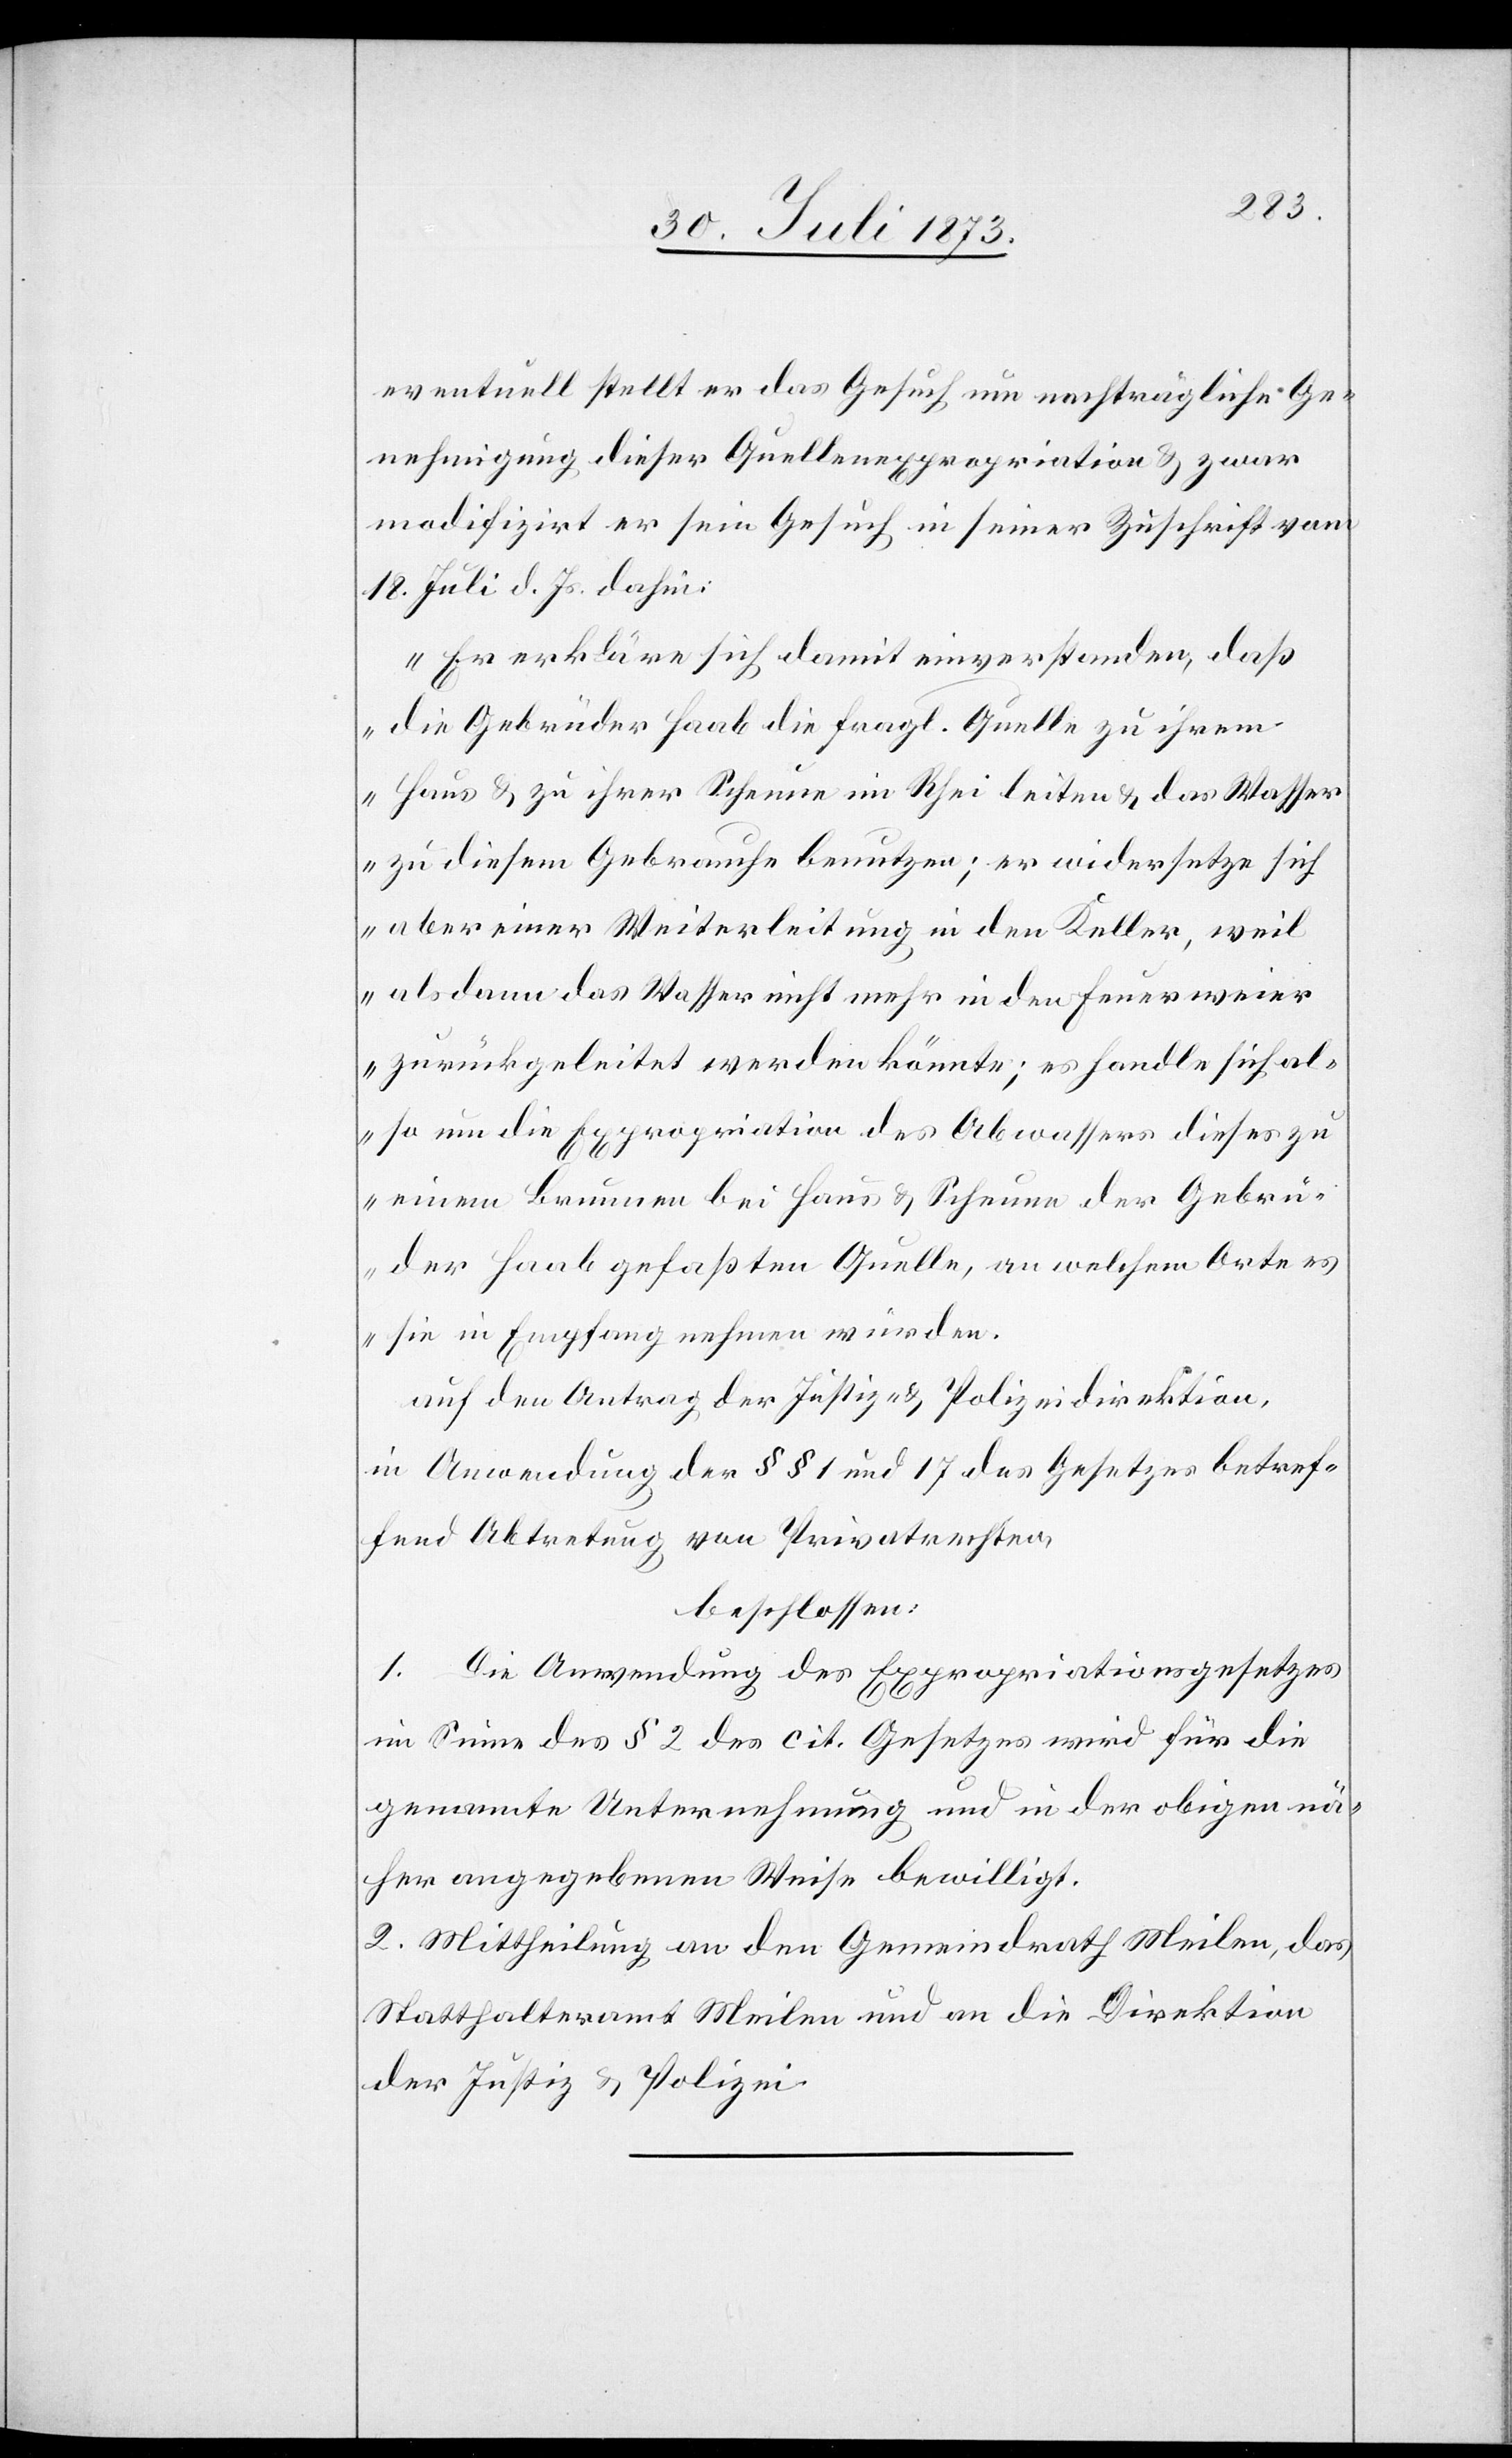
eventuell stellt er das Gesuch um nachträgliche Ge¬
nehmigung dieser Quellenexpropriation & zwar
modifizirt er sein Gesuch in seiner Zuschrift vom
18. Juli d. Js. dahin:
„Er erkläre sich damit einverstanden, daß
die Gebrüder Haab die fragl. Quelle zu ihrem
Haus & zu ihrer Scheune im Rhei leiten & das Wasser
zu diesem Gebrauche benutzen; er widersetze sich
aber einer Weiterleitung in den Keller, weil
alsdann das Wasser nicht mehr in den Feuerweier
zurückgeleitet werden könnte; es handle sich al¬
so um die Expropriation des Abwassers dieses zu
einem Brunnen bei Haus & Scheune der Gebrü¬
der Haab gefaßten Quelle, an welchem Orte es
sie in Empfang nehmen würden.“
auf den Antrag der Justiz- & Polizeidirektion,
in Anwendung der §§ 1 und 17 des Gesetzes betref¬
fend Abtretung von Privatrechten,
beschlossen:
1. Die Anwendung des Expropriationsgesetzes
im Sinne des § 2 des cit. Gesetzes wird für die
genannte Unternehmung und in der obigen nä¬
her angegebenen Weise bewilligt.
2. Mittheilung an den Gemeindrath Meilen, das
Statthalteramt Meilen und an die Direktion
der Justiz & Polizei.